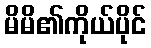
မိမိ၏ကိုယ်ပိုင်